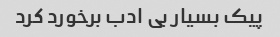
پیک بسیار بی ادب برخورد کرد